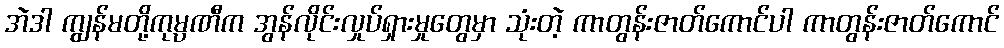
အဲဒါ ကျွန်မတို့ကုမ္ပဏီက အွန်လိုင်းလှုပ်ရှားမှုတွေမှာ သုံးတဲ့ ကာတွန်းဇာတ်ကောင်ပါ ကာတွန်းဇာတ်ကောင်